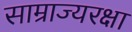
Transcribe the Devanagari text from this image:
साम्राज्यरक्षा